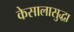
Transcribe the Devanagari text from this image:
केसालासुद्धा